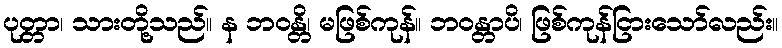
ပုတ္တာ၊ သားတို့သည်။ န ဘဝန္တိ၊ မဖြစ်ကုန်။ ဘဝန္တာပိ၊ ဖြစ်ကုန်ငြားသော်လည်း။